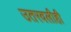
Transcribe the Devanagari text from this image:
उतरवलीही